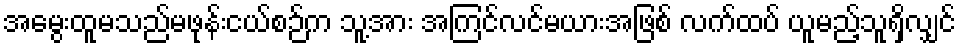
အမွေးထူမသည်မဖုန်းငယ်စဉ်က သူ့အား အကြင်လင်မယားအဖြစ် လက်ထပ် ယူမည့်သူရှိလျှင်